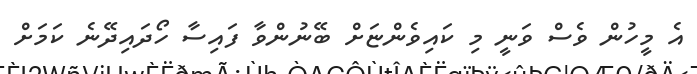
އެ މީހުން ވެސް ވަނީ މި ކައިވެންޏަށް ބޭނުންވާ ފައިސާ ހޯދައިދޭނެ ކަމަށް